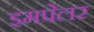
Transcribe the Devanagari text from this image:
इमपेलर